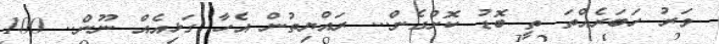
ވަރު ހަބަރެއްތަ ތީ ބޮޑު ކޮށްގެން... ރައްޔިތުން އެހާ ގަޅިއެއް ނޫން.. 100